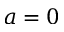
a = 0